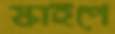
স্কাইপে